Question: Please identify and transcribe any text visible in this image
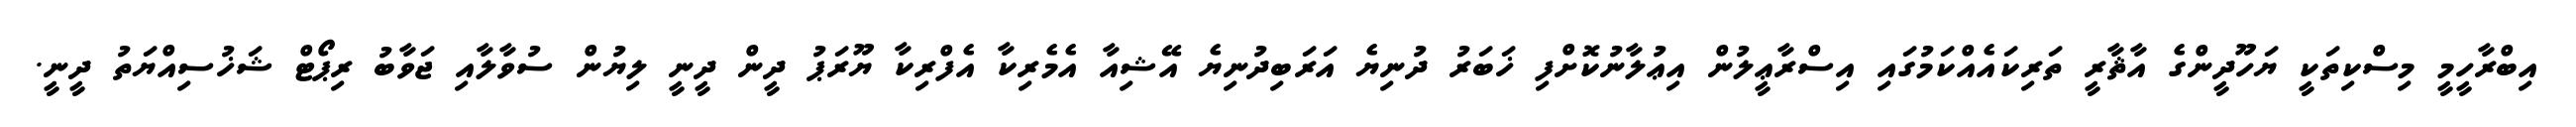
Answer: އިބްރާހީމީ މިސްކިތަކީ ޔަހޫދީންގެ އާޘާރީ ތަރިކައެއްކަމުގައި އިސްރާޢީލުން އިޢުލާނުކޮށްފި ޚަބަރު ދުނިޔެ އަރަބިދުނިޔެ އޭޝިއާ އެމެރިކާ އެފްރިކާ ޔޫރަޕު ދީން ދީނީ ލިޔުން ސުވާލާއި ޖަވާބު ރިޕޯޓް ޝަޚުސިއްޔަތު ދީނީ.